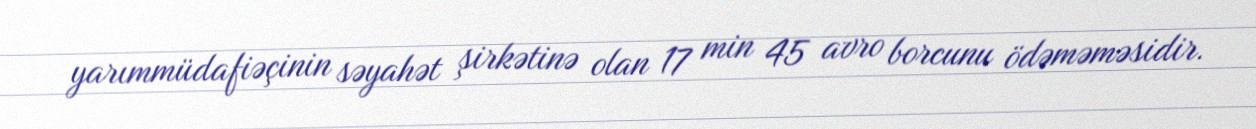
yarımmüdafiəçinin səyahət şirkətinə olan 17 min 45 avro borcunu ödəməməsidir.